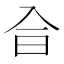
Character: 𠓤